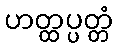
ဟတ္ထပ္ပတ္တံ